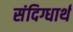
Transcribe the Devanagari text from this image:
संदिग्धार्थ